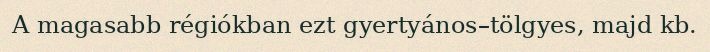
A magasabb régiókban ezt gyertyános–tölgyes, majd kb.